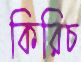
কিরিচ